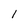
Character: 1